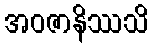
အဝဇာနိဿသိ